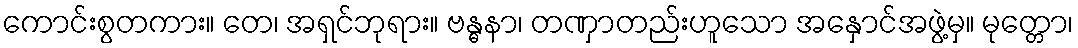
ကောင်းစွတကား။ တေ၊ အရှင်ဘုရား။ ဗန္ဓနာ၊ တဏှာတည်းဟူသော အနှောင်အဖွဲ့မှ။ မုတ္တော၊